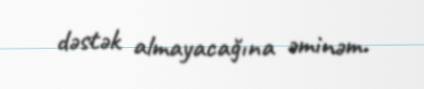
dəstək almayacağına əminəm.